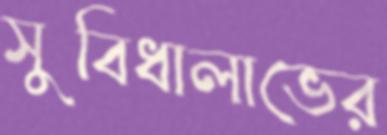
সুবিধালাভের